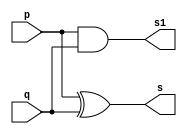
// ---------------------
// Guia 04 - Exercicio 02
// Nome: Bruno Csar Lopes Silva
// ---------------------

//--- Module Meia Soma--

module meiasoma (s, s1, p, q);
output s, s1;
input p, q;
assign s = p ^ q;
assign s1 = p & q;

endmodule // meiasoma

//--- Teste Soma Completa---

module testesomacompleta;
reg a, b, vaium;
wire s2, s3, s4, s, s1;

meiasoma M1 (s2, s3, a, b);
meiasoma M2 (s, s4, s2, vaium);
or Or1 (s1, s3, s4);

// parte principal
   initial begin
	   $display("Guia 04 - Exercicio 02");
		$display("Bruno Cesar Lopes Silva - 415985");
      $display("Soma Completa");
      $display("\n a + b + cIn = s / cOut\n");
  		a=0; b=0; vaium=0;
		$monitor(" %b + %b + %b =   %b / %b", a, b, vaium, s, s1);
		#1 a=0; b=0; vaium=1;
		#1 a=0; b=1; vaium=0;
		#1 a=0; b=1; vaium=1;
		#1 a=1; b=0; vaium=0;
		#1 a=1; b=0; vaium=1;
		#1 a=1; b=1; vaium=0;
		#1 a=1; b=1; vaium=1;
		
		end
		
		endmodule // testesomacompleta